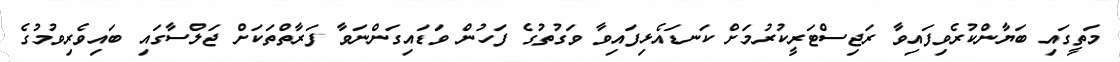
މަތީގައި ބަޔާންކުރެވިފައިވާ ރަޖިސްޓަރީކުރުމަށް ކަނޑައެޅިފައިވާ ވަގުތުގެ ފަހުން ވަޑައިގަންނަވާ ފަރާތްތަކަށް ޖަލްސާގައި ބައިވެރިވުމުގެ